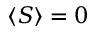
\langle S \rangle = 0